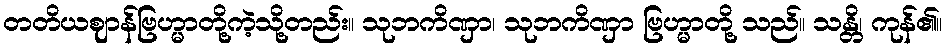
တတိယဈာန်ဗြဟ္မာတို့ကဲ့သို့တည်း။ သုဘကိဏှာ၊ သုဘကိဏှာ ဗြဟ္မာတို့ သည်။ သန္တိ၊ ကုန်၏။